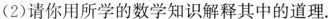
(2)请你用所学的数学知识解释其中的道理。